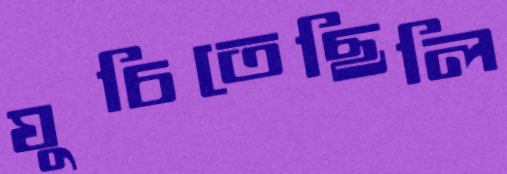
ঘুচিতেছিলি